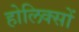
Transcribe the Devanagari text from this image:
होलिक्सों